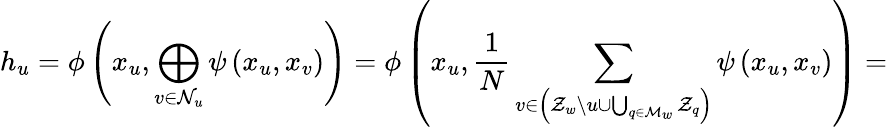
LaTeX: h_{u}=\phi\left(x_{u},\bigoplus_{v\in\mathcal{N}_{u}}\psi\left(x_{u},x_{v}\right)\right)=\phi\left(x_{u},\frac{1}{N}\sum_{v\in\left(\mathcal{Z}_{w}\backslash u\cup\bigcup_{q\in\mathcal{M}_{w}}\mathcal{Z}_{q}\right)}\psi\left(x_{u},x_{v}\right)\right)=